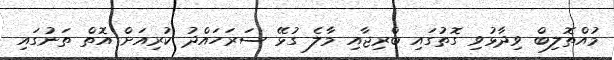
މުއްތޮލިބް ވިދާޅުވި ގޮތުގައި ބްރިޖާއި މާލެ ގުޅޭ ސަރަހައްދު ކުރިއަށް އޮތް ތަނުގައި